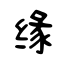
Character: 缘